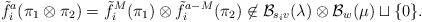
LaTeX: \begin{align*}\tilde{f}_i^a(\pi_1 \otimes \pi_2) = \tilde{f}_i^M(\pi_1) \otimes \tilde{f}_i^{a-M} (\pi_2) \not\in \mathcal{B}_{s_i v}(\lambda) \otimes \mathcal{B}_w(\mu) \sqcup \{ 0 \}.\end{align*}